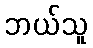
ဘယ်သူ